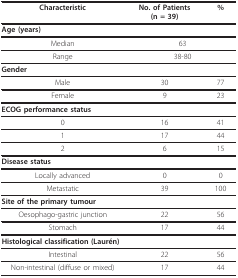
<table><thead><tr><td><b>Characteristic</b></td><td><b>No. of Patients(n = 39)</b></td><td><b>%</b></td></tr></thead><tbody><tr><td colspan="3"><b>Age (years)</b></td></tr><tr><td>Median</td><td colspan="2">63</td></tr><tr><td>Range</td><td colspan="2">38-80</td></tr><tr><td colspan="3"><b>Gender</b></td></tr><tr><td>Male</td><td>30</td><td>77</td></tr><tr><td>Female</td><td>9</td><td>23</td></tr><tr><td colspan="3"><b>ECOG performance status</b></td></tr><tr><td>0</td><td>16</td><td>41</td></tr><tr><td>1</td><td>17</td><td>44</td></tr><tr><td>2</td><td>6</td><td>15</td></tr><tr><td colspan="3"><b>Disease status</b></td></tr><tr><td>Locally advanced</td><td>0</td><td>0</td></tr><tr><td>Metastatic</td><td>39</td><td>100</td></tr><tr><td colspan="3"><b>Site of the primary tumour</b></td></tr><tr><td>Oesophago-gastric junction</td><td>22</td><td>56</td></tr><tr><td>Stomach</td><td>17</td><td>44</td></tr><tr><td colspan="3"><b>Histological classification (Laurén)</b></td></tr><tr><td>Intestinal</td><td>22</td><td>56</td></tr><tr><td>Non-intestinal (diffuse or mixed)</td><td>17</td><td>44</td></tr></tbody></table>